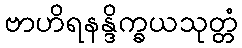
ဗာဟိရနန္ဒိက္ခယသုတ္တံ